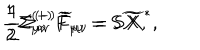
\frac 1 2 \Sigma _ { \mu \nu } ^ { ( + ) } \widetilde { F } _ { \mu \nu } = \mathbf { S } \widetilde { \mathbf { X } } , \hspace { 1 . 0 i n } \frac 1 2 \Sigma _ { \mu \nu } ^ { ( - ) } \widetilde { F } _ { \mu \nu } = \mathbf { S } \widetilde { \mathbf { X } } ^ { * } ,